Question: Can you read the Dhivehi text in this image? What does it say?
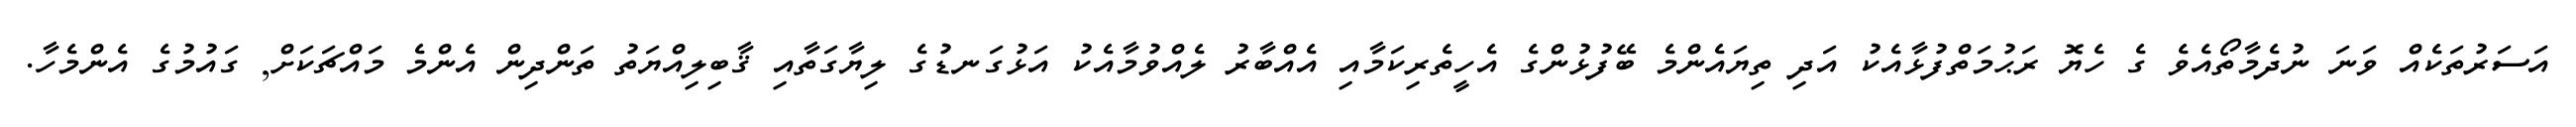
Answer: އަސަރުތަކެއް ވަނަ ނުދެމާތޯއެވެ ގެ ހެޔޮ ރަޙުމަތްފުޅާއެކު އަދި ތިޔައެންމެ ބޭފުޅުންގެ އެހީތެރިކަމާއި އެއްބާރު ލެއްވުމާއެކު އަޅުގަނޑުގެ ލިޔާގަތާއި ޤާބިލިއްޔަތު ތަންދިން އެންމެ މައްޗަކަށް, ގައުމުގެ އެންމެހާ.